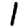
Digit: 1